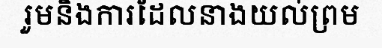
រួមនិងការដែលនាងយល់ព្រម